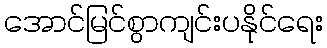
အောင်မြင်စွာကျင်းပနိုင်ရေး